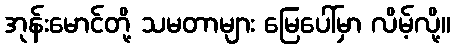
အုန်းမောင်တို့ သမတာများ မြေပေါ်မှာ လိမ့်လို့။